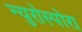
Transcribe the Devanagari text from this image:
न्युरोस्पोरा